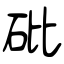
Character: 砒